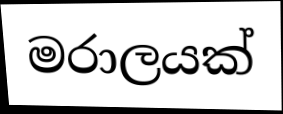
මරාලයක්